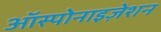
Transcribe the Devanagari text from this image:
ऑस्पोनाइज़ेशन